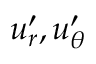
u _ { r } ^ { \prime } , u _ { \theta } ^ { \prime }